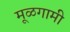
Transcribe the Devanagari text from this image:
मूळगामी